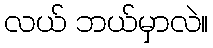
လယ် ဘယ်မှာလဲ။